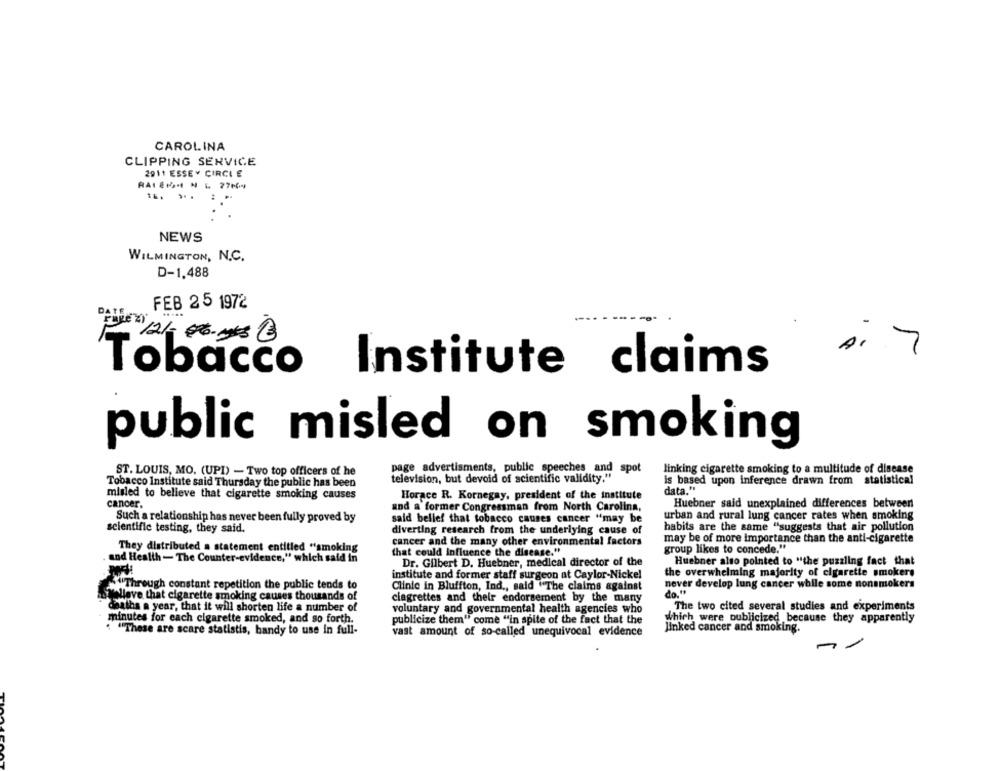
CAROLINA
CLIPPING SERVICE
2911 ESSEY CIRCLE
NEWS
WILMINGTON, N.C.
D-1,488
FEB 25 1972
7
Tobacco Institute claims
public misled on smoking
ST. LOUIS, MO. (UPI) - Two top officers of he
page advertisments, public speeches and spot
linking cigarette smoking to a multitude of disease
television, but devoid of scientific validity."
Tobacco Institute said Thursday the public has been
is based upon inference drawn from statistical
misled to believe that cigarette smoking causes
Horace R. Kornegay, president of the institute
data."
Huebner said unexplained differences between
cancer.
and a former Congressman from North Carolina,
urban and rural lung cancer rates when smoking
Such a relationship has never been fully proved by
said belief that tobacco causes cancer "may be
scientific testing, they said.
diverting research from the underlying cause of
habits are the same "suggests that air pollution
cancer and the many other environmental factors
may be of more importance than the anti-cigarette
They distributed a statement entitled "smoking
group likes to concede."
that could Influence the disease."
and Health - The Counter-evidence," which said in
Dr. Gilbert D. Huebner, medical director of the
Huebner also pointed to "the puzzling fact that
the overwhelming majority of cigarette smokers
institute and former staff surgeon at Caylor-Nickel
Through constant repetition the public tends to
Clinic in Bluffton, Ind ., said "The claims against
never develop lung cancer while some nonsmokers
do. "
Welleve that cigarette smoking causes thousands of
ciagrettes and their endorsement by the many
deaths a year, that it will shorten life a number of
voluntary and governmental health agencies who
The two cited several studies and experiments
minutes for each cigarette smoked, and so forth.
publicize them" come "in spite of the fact that the
which were publicized, because they apparently
. "These are scare statistis, bandy to use in full-
vast amount of so-called
nivocal evidence
linked cancer and smoking.